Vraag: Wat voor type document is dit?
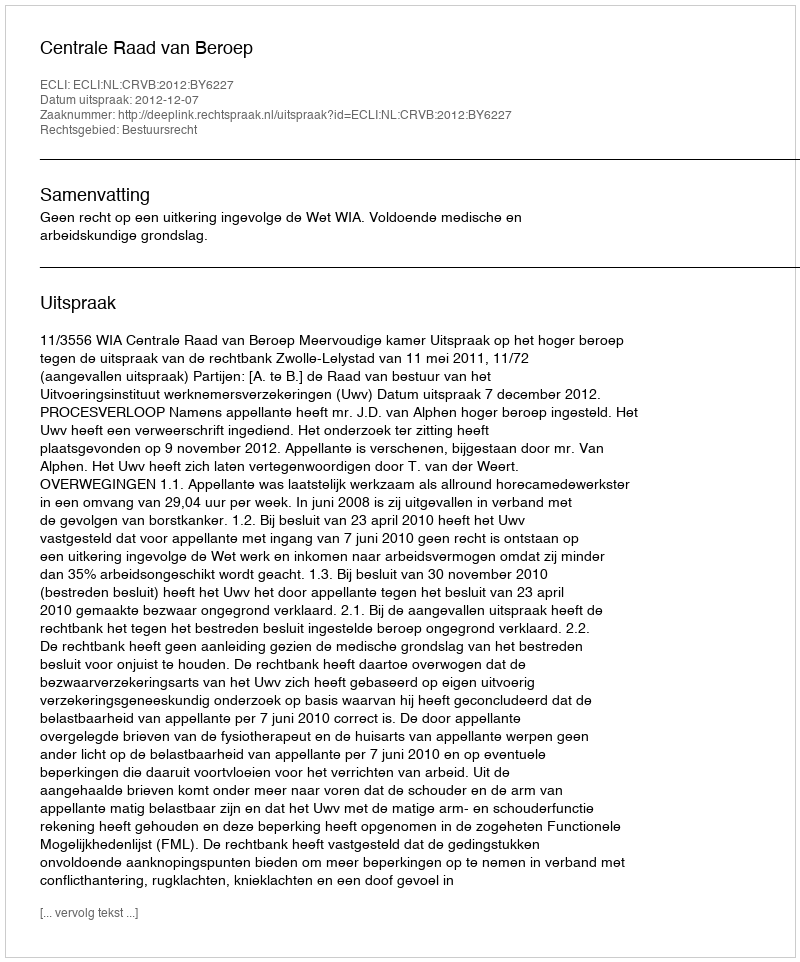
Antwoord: Uitspraak